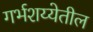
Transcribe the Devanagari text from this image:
गर्भशय्येतील